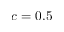
c = 0 . 5